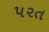
૫૨ત